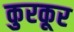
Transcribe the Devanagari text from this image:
कुरकूर